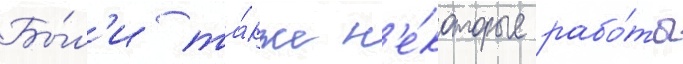
Бы́л'и та́кже н'е́которые рабо́ты